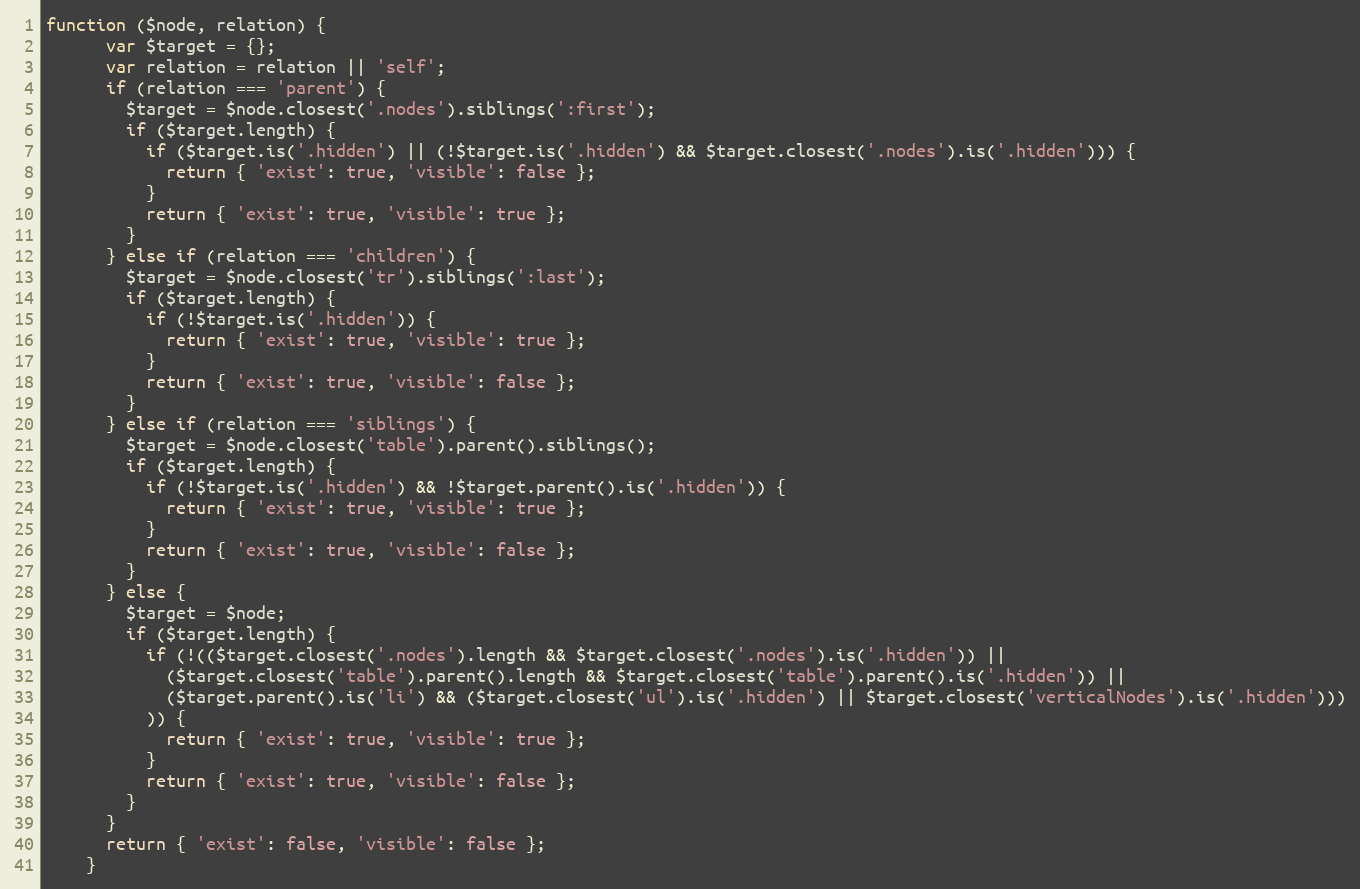
Language: JavaScript
function ($node, relation) {
      var $target = {};
      var relation = relation || 'self';
      if (relation === 'parent') {
        $target = $node.closest('.nodes').siblings(':first');
        if ($target.length) {
          if ($target.is('.hidden') || (!$target.is('.hidden') && $target.closest('.nodes').is('.hidden'))) {
            return { 'exist': true, 'visible': false };
          }
          return { 'exist': true, 'visible': true };
        }
      } else if (relation === 'children') {
        $target = $node.closest('tr').siblings(':last');
        if ($target.length) {
          if (!$target.is('.hidden')) {
            return { 'exist': true, 'visible': true };
          }
          return { 'exist': true, 'visible': false };
        }
      } else if (relation === 'siblings') {
        $target = $node.closest('table').parent().siblings();
        if ($target.length) {
          if (!$target.is('.hidden') && !$target.parent().is('.hidden')) {
            return { 'exist': true, 'visible': true };
          }
          return { 'exist': true, 'visible': false };
        }
      } else {
        $target = $node;
        if ($target.length) {
          if (!(($target.closest('.nodes').length && $target.closest('.nodes').is('.hidden')) ||
            ($target.closest('table').parent().length && $target.closest('table').parent().is('.hidden')) ||
            ($target.parent().is('li') && ($target.closest('ul').is('.hidden') || $target.closest('verticalNodes').is('.hidden')))
          )) {
            return { 'exist': true, 'visible': true };
          }
          return { 'exist': true, 'visible': false };
        }
      }
      return { 'exist': false, 'visible': false };
    }